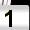
Digit: 1